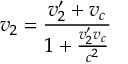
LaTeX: v _ { 2 } = { \frac { v _ { 2 } ^ { \prime } + v _ { c } } { 1 + { \frac { v _ { 2 } ^ { \prime } v _ { c } } { c ^ { 2 } } } } }